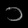
Digit: ၁